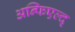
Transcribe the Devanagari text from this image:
अन्फिएल्द्